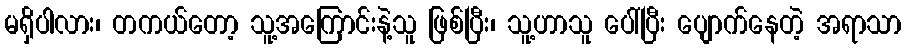
မရှိပါလား၊ တကယ်တော့ သူ့အကြောင်းနဲ့သူ ဖြစ်ပြီး၊ သူ့ဟာသူ ပေါ်ပြီး ပျောက်နေတဲ့ အရာသာ